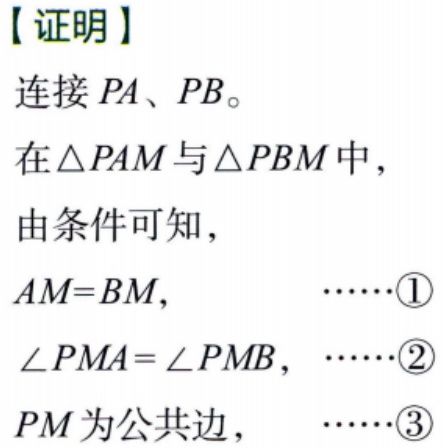
【证明】
连接 \(PA\)、\(PB\)。
在\(\triangle PAM\)与\(\triangle PBM\)中，
由条件可知，
\(AM = BM,\quad\cdots\cdots\textcircled{1}\)
\(\angle PMA=\angle PMB,\quad\cdots\cdots\textcircled{2}\)
\(PM\)为公共边，\(\quad\cdots\cdots\textcircled{3}\)